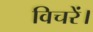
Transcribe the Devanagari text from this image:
विचरें।